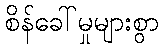
စိန်ခေါ်မှုများစွာ